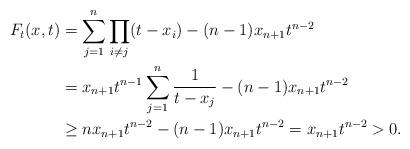
LaTeX: \begin{align*}F_t(x,t) &= \sum_{j=1}^n \prod_{i\neq j} (t-x_i) - (n-1)x_{n+1}t^{n-2}\\&= x_{n+1}t^{n-1}\sum_{j=1}^n \frac{1}{t-x_j} - (n-1)x_{n+1}t^{n-2}\\&\geq n x_{n+1}t^{n-2} - (n-1)x_{n+1}t^{n-2}= x_{n+1}t^{n-2}>0.\end{align*}